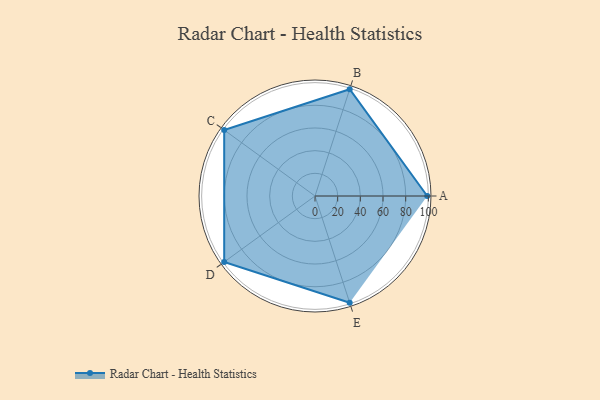
{"axis": {"x": "Skill", "y": "Score"}, "legend": ["Profile"], "data": [{"x": "A", "y": 99.0, "type": "Profile"}, {"x": "B", "y": 99, "type": "Profile"}, {"x": "C", "y": 99, "type": "Profile"}, {"x": "D", "y": 99, "type": "Profile"}, {"x": "E", "y": 99, "type": "Profile"}]}